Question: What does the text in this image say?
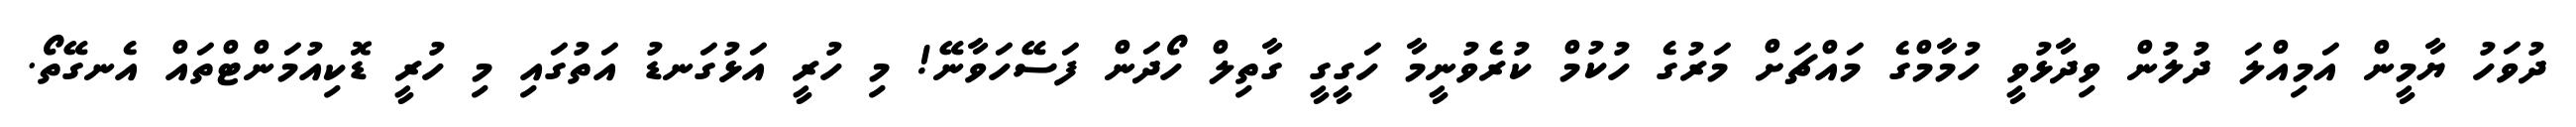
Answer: ދުވަހު ޔާމީން އަމިއްލަ ދުލުން ވިދާޅުވީ ހުމާމްގެ މައްޗަށް މަރުގެ ހުކުމް ކުރެވުނީމާ ހަގީގީ ގާތިލް ހޯދަން ފަސޭހަވާނޭ! މި ހުރީ އަޅުގަނޑު އަތުގައި މި ހުރީ ޑޮކިއުމަންޓްތައް އެނގޭތޯ.